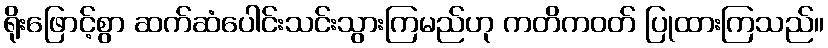
ရိုးဖြောင့်စွာ ဆက်ဆံပေါင်းသင်းသွားကြမည်ဟု ကတိကဝတ် ပြုထားကြသည်။